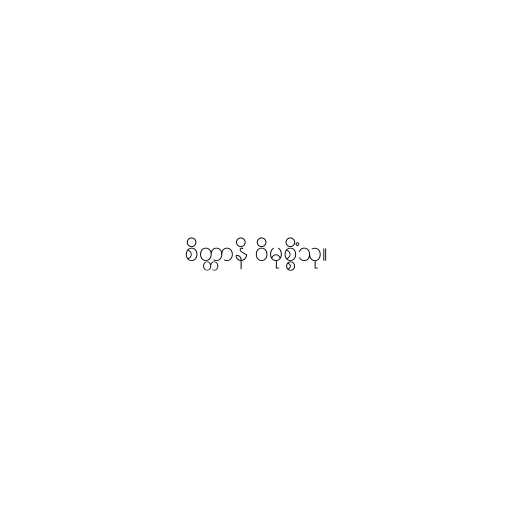
စိတ္တာနိ ဝိမုစ္စိံသု။